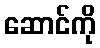
ဆောင်ကို